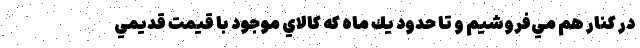
در كنار هم مي‌فروشيم و تا حدود يك ماه كه كالاي موجود با قيمت قديمي